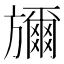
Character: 𭥇